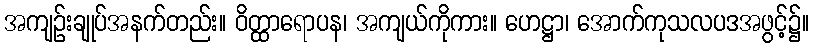
အကျဉ်းချုပ်အနက်တည်း။ ဝိတ္ထာရောပန၊ အကျယ်ကိုကား။ ဟေဋ္ဌာ၊ အောက်ကုသလပဒအဖွင့်၌။